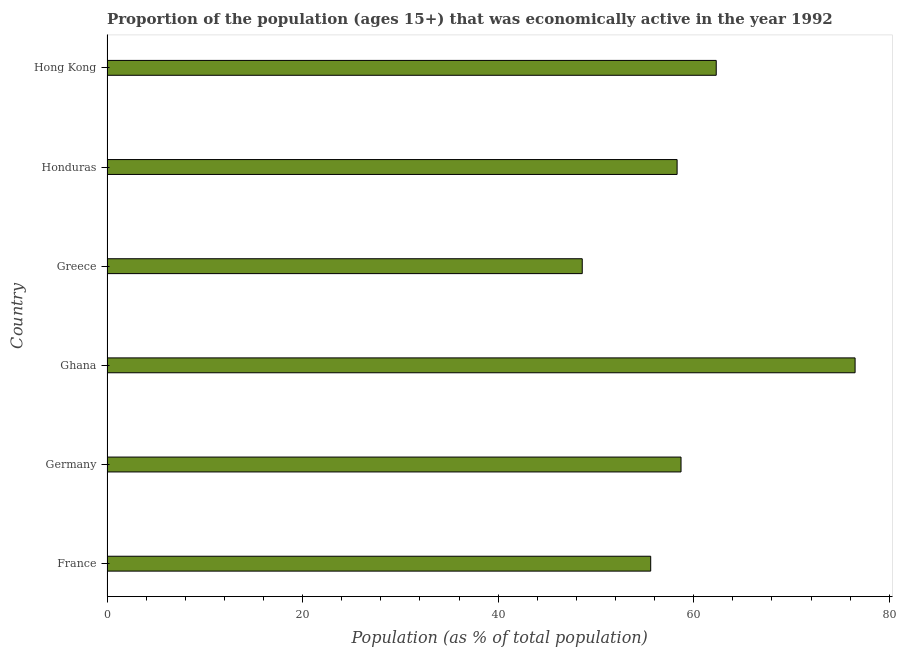
| Country | Labor force participation rate total |
 | --- | --- |
 | France | 55.6 |
 | Germany | 58.7 |
 | Ghana | 76.5 |
 | Greece | 48.6 |
 | Honduras | 58.3 |
 | Hong Kong | 62.3 |